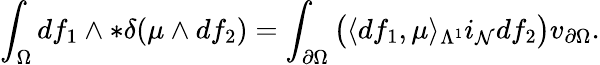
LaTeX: \int_{\Omega}df_{1}\wedge\ast\delta(\mu\wedge df_{2})=\int_{\partial\Omega}\big(\langle df_{1},\mu\rangle_{\Lambda^{1}}i_{\mathcal{N}}df_{2}\big)v_{\partial\Omega}.